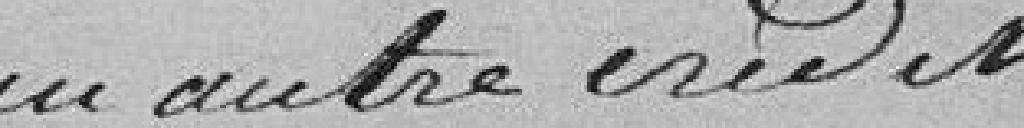
un autre crédit